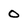
Character: 0